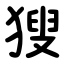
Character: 獀